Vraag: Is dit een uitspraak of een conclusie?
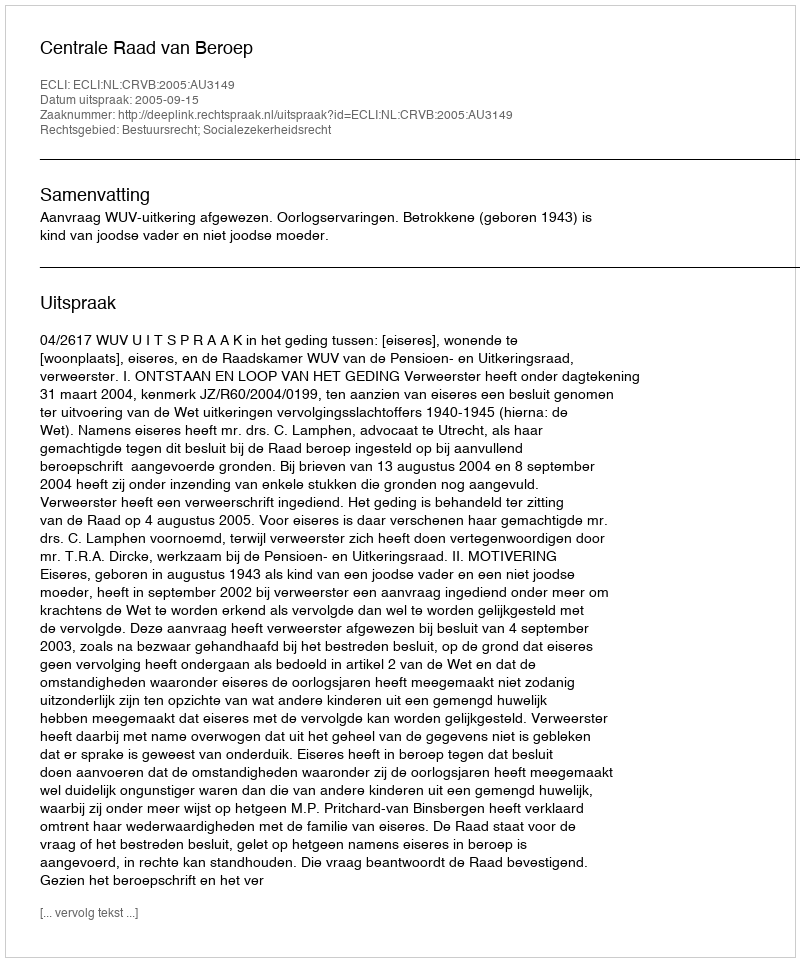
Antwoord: Uitspraak